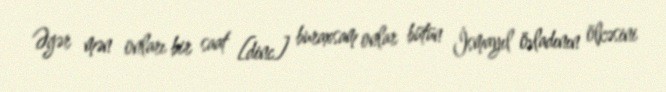
Əgər mən onları bir saat [dinc] buraxsam onlar bütün İsmayıl övladının ölkəsini